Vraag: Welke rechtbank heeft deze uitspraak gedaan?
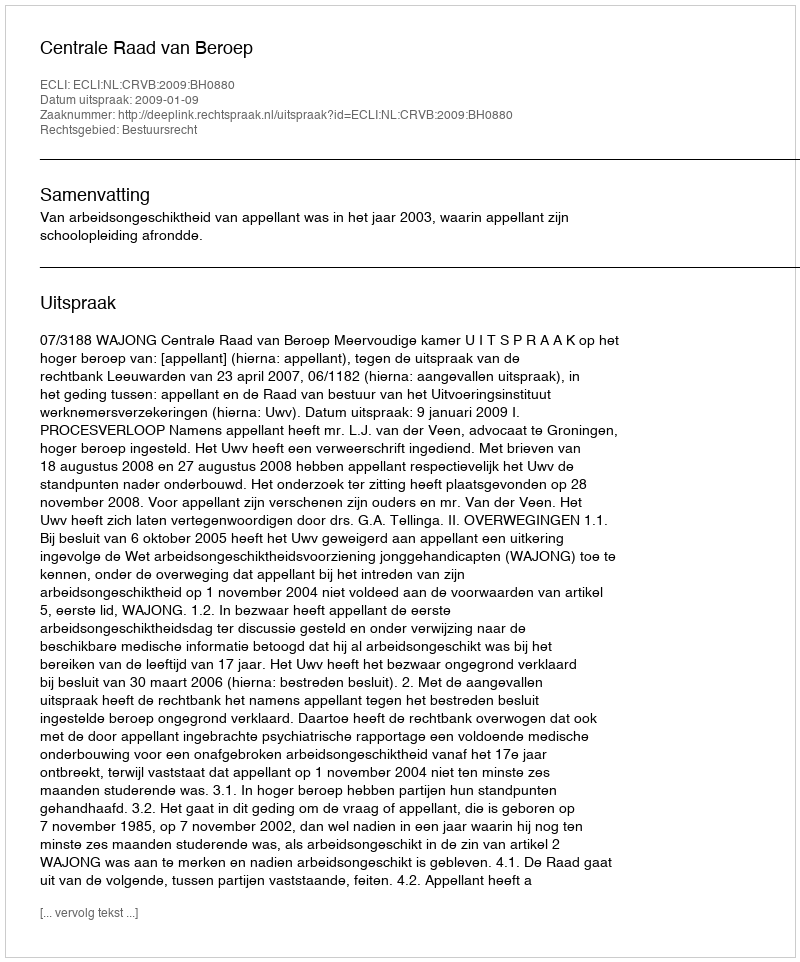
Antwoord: Centrale Raad van Beroep